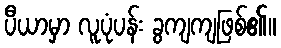
ပီယာမှာ လူပုံပန်း ခွကျကျဖြစ်၏။